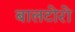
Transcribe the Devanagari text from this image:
बालटोरो